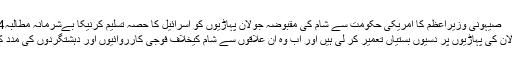
16 Feb 2017 10:24صیہونی وزیراعظم کا امریکی حکومت سے شام کی مقبوضہ جولان پہاڑیوں کو اسرائیل کا حصہ تسلیم کرنیکا بےشرمانہ مطالبہ
صیہونی حکومت نے جولان کی پہاڑیوں پر دسیوں بستیاں تعمیر کر لی ہیں اور اب وہ ان علاقوں سے شام کیخلاف فوجی کارروائیوں اور دہشتگردوں کی مدد کیلئے استفادہ کر رہی ہے۔